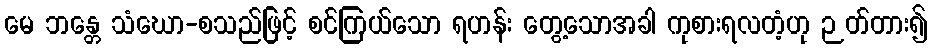
မေ ဘန္တေ သံဃော-စသည်ဖြင့် စင်ကြယ်သော ရဟန်း တွေ့သောအခါ ကုစားရလတံ့ဟု ဉတ်တား၍